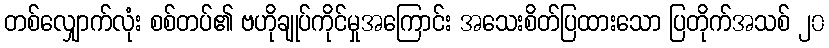
တစ်လျှောက်လုံး စစ်တပ်၏ ဗဟိုချုပ်ကိုင်မှုအကြောင်း အသေးစိတ်ပြထားသော ပြတိုက်အသစ် ၂၀